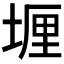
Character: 𫮈